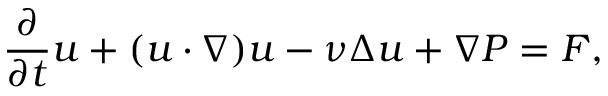
\frac { \partial } { \partial t } u + ( u \cdot \nabla ) u - \nu \Delta u + \nabla P = F ,